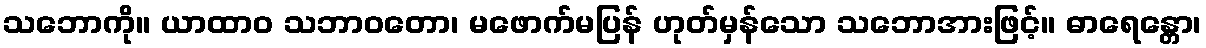
သဘောကို။ ယာထာဝ သဘာဝတော၊ မဖောက်မပြန် ဟုတ်မှန်သော သဘောအားဖြင့်။ ဓာရေန္တော၊